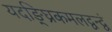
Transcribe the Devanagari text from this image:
यदङ्घ्रिकमलद्वन्द्वं